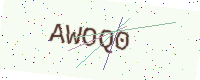
Text: AWOQ0